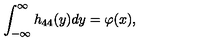
\int _ { - \infty } ^ { \infty } h _ { 4 4 } ( y ) d y = \varphi ( x ) ,